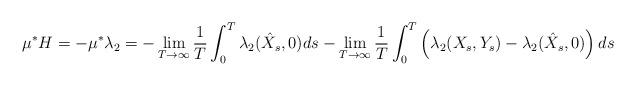
LaTeX: \begin{align*}\mu^*H =-\mu^*\lambda_2= -\lim_{T \to \infty} \frac{1}{T} \int_0^T \lambda_2(\hat X_s, 0) ds - \lim_{T \to \infty} \frac{1}{T} \int_0^T \left( \lambda_2(X_s, Y_s) - \lambda_2(\hat{X}_s, 0)\right) ds\end{align*}